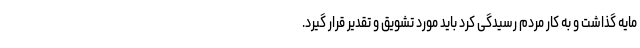
مایه گذاشت و به کار مردم رسیدگی کرد باید مورد تشویق و تقدیر قرار گیرد.